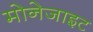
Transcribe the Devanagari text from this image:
मोनेजाइट